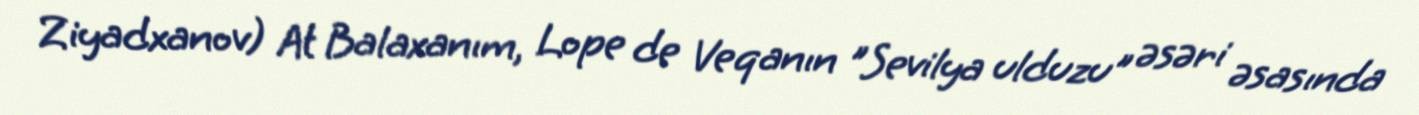
Ziyadxanov) At Balaxanım, Lope de Veqanın "Sevilya ulduzu" əsəri əsasında